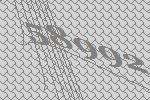
58992